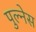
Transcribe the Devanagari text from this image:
पुल्नेस